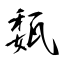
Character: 瓾